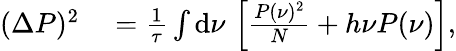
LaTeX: \begin{array}{rl}{(\Delta P)^{2}}&{{}=\frac{1}{\tau}\int\mathrm{d}\nu\, \left[\frac{P(\nu)^{2}}{N}+h\nu P(\nu)\right],}\end{array}